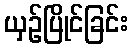
ယှဉ်ပြိုင်ခြင်း